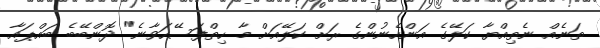
ތަނެއް ނެތިއްޔާ ކަލޭގެ އަންހެނުންގެ ރަށް ކަލޭއަށް މާ ހިތްފަސޭހަވާނެ" ދޮންބޭބެ ބައްޕައާ